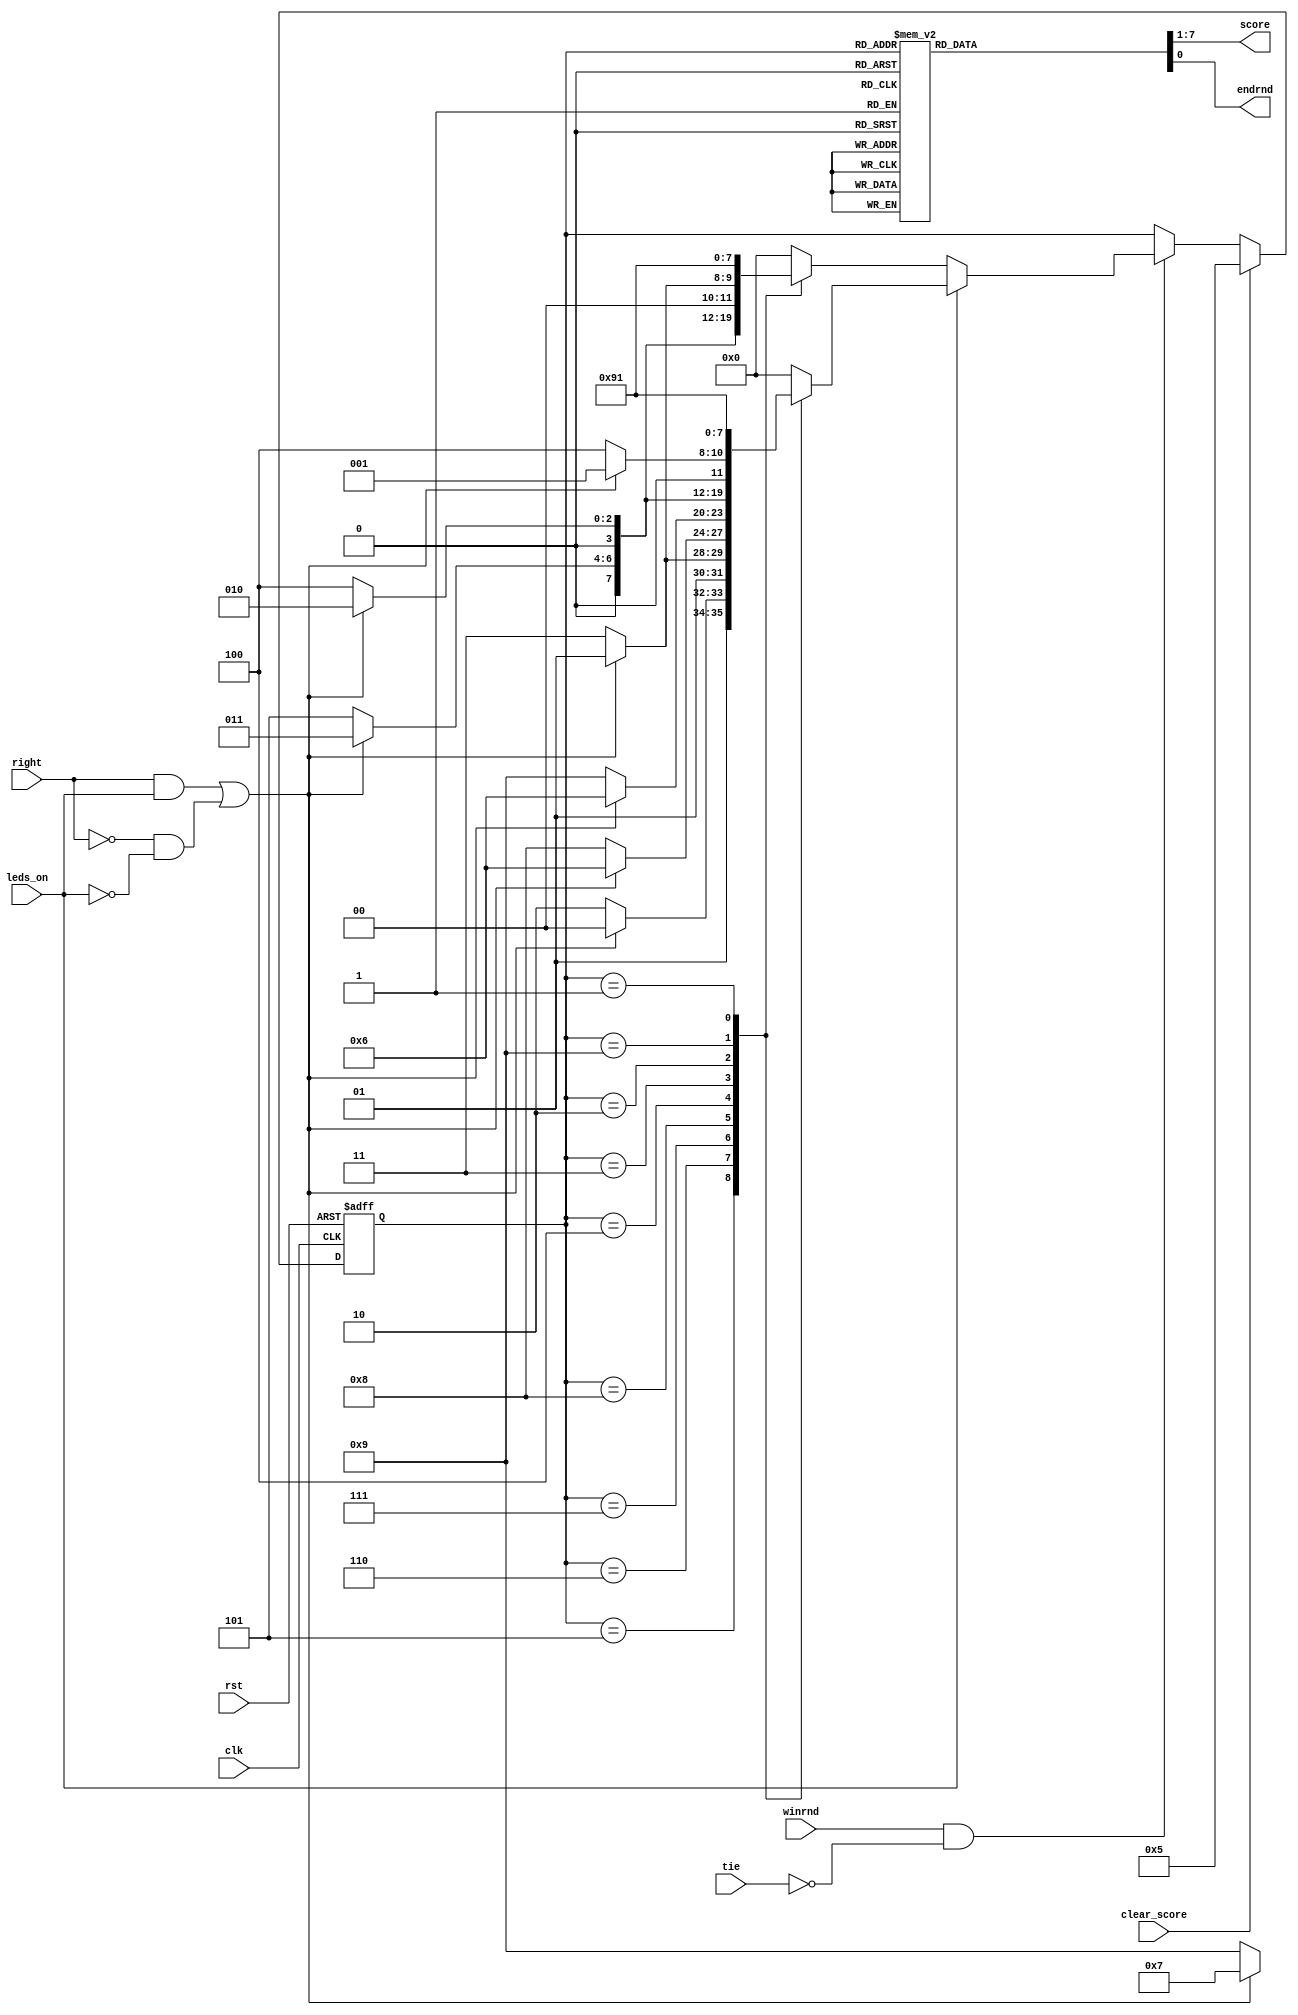
/*
	 Author: Gord Allan - gallan@doe.carleton.ca
*/

// =======================================================================================
// SCORER 
//	- resets to Neutral
//	- advances on winrnd
//	- determines who won the point based on leds_on and right control signals
//	- outputs the score as a 7 bit word (L3 L2 L1 N R1 R2 R3)
//      - a win shows up as either (1 1 1 0 0 0 0) if WL or (0 0 0 0 1 1 1) if WR
//----------------------------------------------------------------------------------------

module Scorer(winrnd, right, leds_on, tie, clk, rst, score, endrnd, clear_score);
	`define WR     1
	`define R3     2
	`define R2		3
	`define R1  	4
	`define N   	5
	`define L1  	6
	`define L2  	7
	`define L3		8
	`define WL  	9
	`define ERROR  0

	input clk;			// input clk 
	input rst;			// asynchronous reset
	input right;		// indicates who was pushed first 
	input leds_on;		// used to indicate whether the light's were on to determine a jump-the-light
	input winrnd;		// one-cycle pulse that someone has pushed
	input tie;			// the tie signal from PBL
	input clear_score;
	output [6:0] score;	//  MSB 5 [WL L2 L1 0 R1 R2 WR] LSB 0
	output reg endrnd;

	reg [6:0] score;	
	reg [3:0] state;	// One of WL, WR, L1, L2, L3, R1, R2, R3 or ERROR
	reg [3:0] nxtstate;	// C/L

	// SYNCHRONOUS STATE ASSIGNMENT ---------------------------------------------
	always @(posedge clk or posedge rst)
   		if (rst) state <= `N;
   		else state <= nxtstate;
	
    // ========================================================================
    // 
    //  Next State logic:  Determine next-state of scorer based on current state and inputs
    //

    wire mr;            
	// move right if right pushed properly, or if left pushed improperly
	assign mr = (right & leds_on) | (~right & ~leds_on);

	always @(*) begin
		nxtstate = state;
		if (clear_score)
			nxtstate = `N;
		else
		begin
		
        if(winrnd && !tie) begin
    		if(leds_on)         // Proper pushes (uses favour the loser options)
    			case(state)
    			`N:	if(mr) nxtstate = `R1; else nxtstate=`L1;	
    			`L1:	if(mr) nxtstate = `N;  else nxtstate=`L2;	
    			`L2:	if(mr) nxtstate = `L1; else nxtstate=`L3;
    			`L3:	if(mr) nxtstate = `L1; else nxtstate=`WL;
    			`R1:	if(mr) nxtstate = `R2; else nxtstate=`N;
    			`R2:	if(mr) nxtstate = `R3; else nxtstate=`R1;
    			`R3:	if(mr) nxtstate = `WR; else nxtstate=`R1;
    			`WL:	nxtstate = `WL;
    			`WR:	nxtstate = `WR;
    			default: nxtstate = `ERROR;
    			endcase
    		else	            // the leds were off, player jumped the light
    			case(state)
    			`N:	if(mr) nxtstate = `R1; else nxtstate=`L1;	
    			`L1:	if(mr) nxtstate = `N;  else nxtstate=`L2;	
    			`L2:	if(mr) nxtstate = `L1; else nxtstate=`L3;
    			`L3:	if(mr) nxtstate = `L2; else nxtstate=`WL;
    			`R1:	if(mr) nxtstate = `R2; else nxtstate=`N;
    			`R2:	if(mr) nxtstate = `R3; else nxtstate=`R1;
    			`R3:	if(mr) nxtstate = `WR; else nxtstate=`R2;
    			`WL:	nxtstate = `WL;
    			`WR:	nxtstate = `WR;
    			default: nxtstate = `ERROR;
    			endcase
			end	// if(winrnd && !tie)
			
       end	// if (clear_score)
    end


    // output logic - what value of 'score' should show based on the internal state
	always @(state)
	begin
	
		endrnd = 0;
		case(state)
		`N:	score = 7'b0001000;
		`L1:	score = 7'b0010000;
		`L2:	score = 7'b0100000;
		`L3:	score = 7'b1000000;
		`R1:	score = 7'b0000100;
		`R2:	score = 7'b0000010;
		`R3:	score = 7'b0000001;
		`WL:	begin score = 7'b1110000; endrnd = 1; end
		`WR:	begin score = 7'b0000111; endrnd = 1; end
		default: score = 7'b1010101;
		endcase
		
	end

endmodule